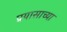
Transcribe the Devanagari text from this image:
प्रयासाच्या